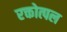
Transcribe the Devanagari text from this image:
रक्तोत्पल